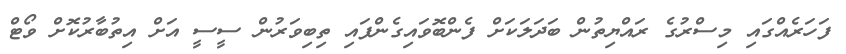
ފަހަރެއްގައި މިސްރުގެ ރައްޔިތުން ބަދަލަކަށް ފެންބޮވައިގެންފައި ތިބިވަރުން ސީސީ އަށް އިތުބާރުކޮށް ވޯޓް